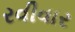
રવીવાર